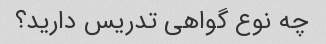
چه نوع گواهی تدریس دارید؟